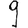
Digit: 9